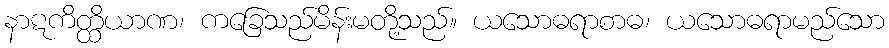
နာဋကိတ္ထိယာဏ၊ ကခြေသည်မိန်းမတို့သည်။ ယသောဓရာစာဓ၊ ယသောဓရာမည်သော